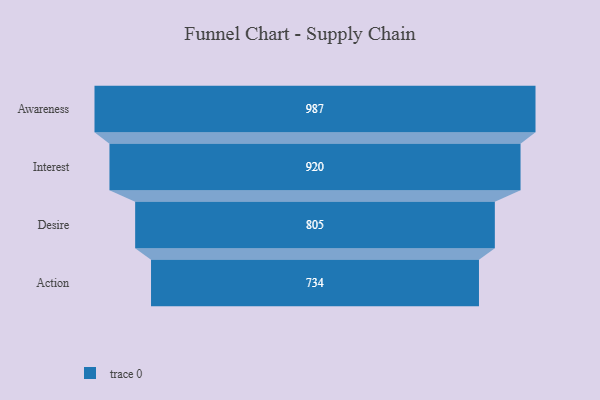
{"axis": {"x": "Stage", "y": "Value"}, "legend": [""], "data": [{"x": "Awareness", "y": 987.0, "type": ""}, {"x": "Interest", "y": 920.0, "type": ""}, {"x": "Desire", "y": 805.0, "type": ""}, {"x": "Action", "y": 734.0, "type": ""}]}